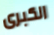
الكبرى